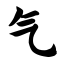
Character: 气